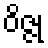
ဝိဇ္ဇု